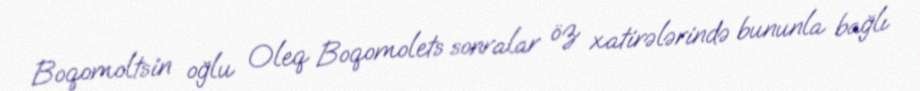
Boqomoltsin oğlu Oleq Boqomolets sonralar öz xatirələrində bununla bağlı